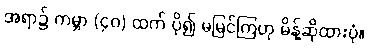
အရာ၌ ကမ္ဘာ (၄၀) ထက် ပို၍ မမြင်ကြဟု မိန့်ဆိုထားပုံ။